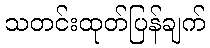
သတင်းထုတ်ပြန်ချက်